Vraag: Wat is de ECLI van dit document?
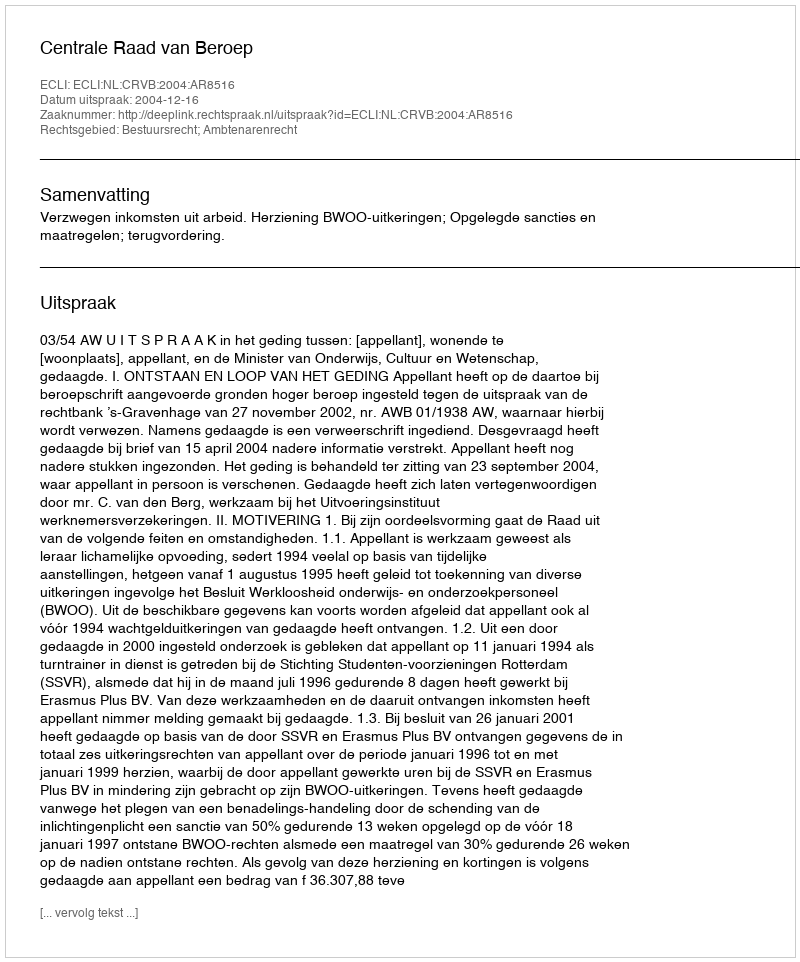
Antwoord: ECLI:NL:CRVB:2004:AR8516